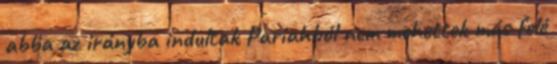
abba az irányba indultak Pariahból nem mehettek más felé